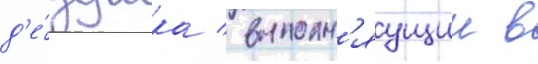
д'е́душка / выполн'яущии в